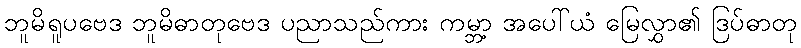
ဘူမိရူပဗေဒ ဘူမိဓာတုဗေဒ ပညာသည်ကား ကမ္ဘာ့ အပေါ်ယံ မြေလွှာ၏ ဒြပ်ဓာတု